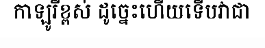
កាឡូរីខ្ពស់ ដូច្នេះហើយទើបវាជា